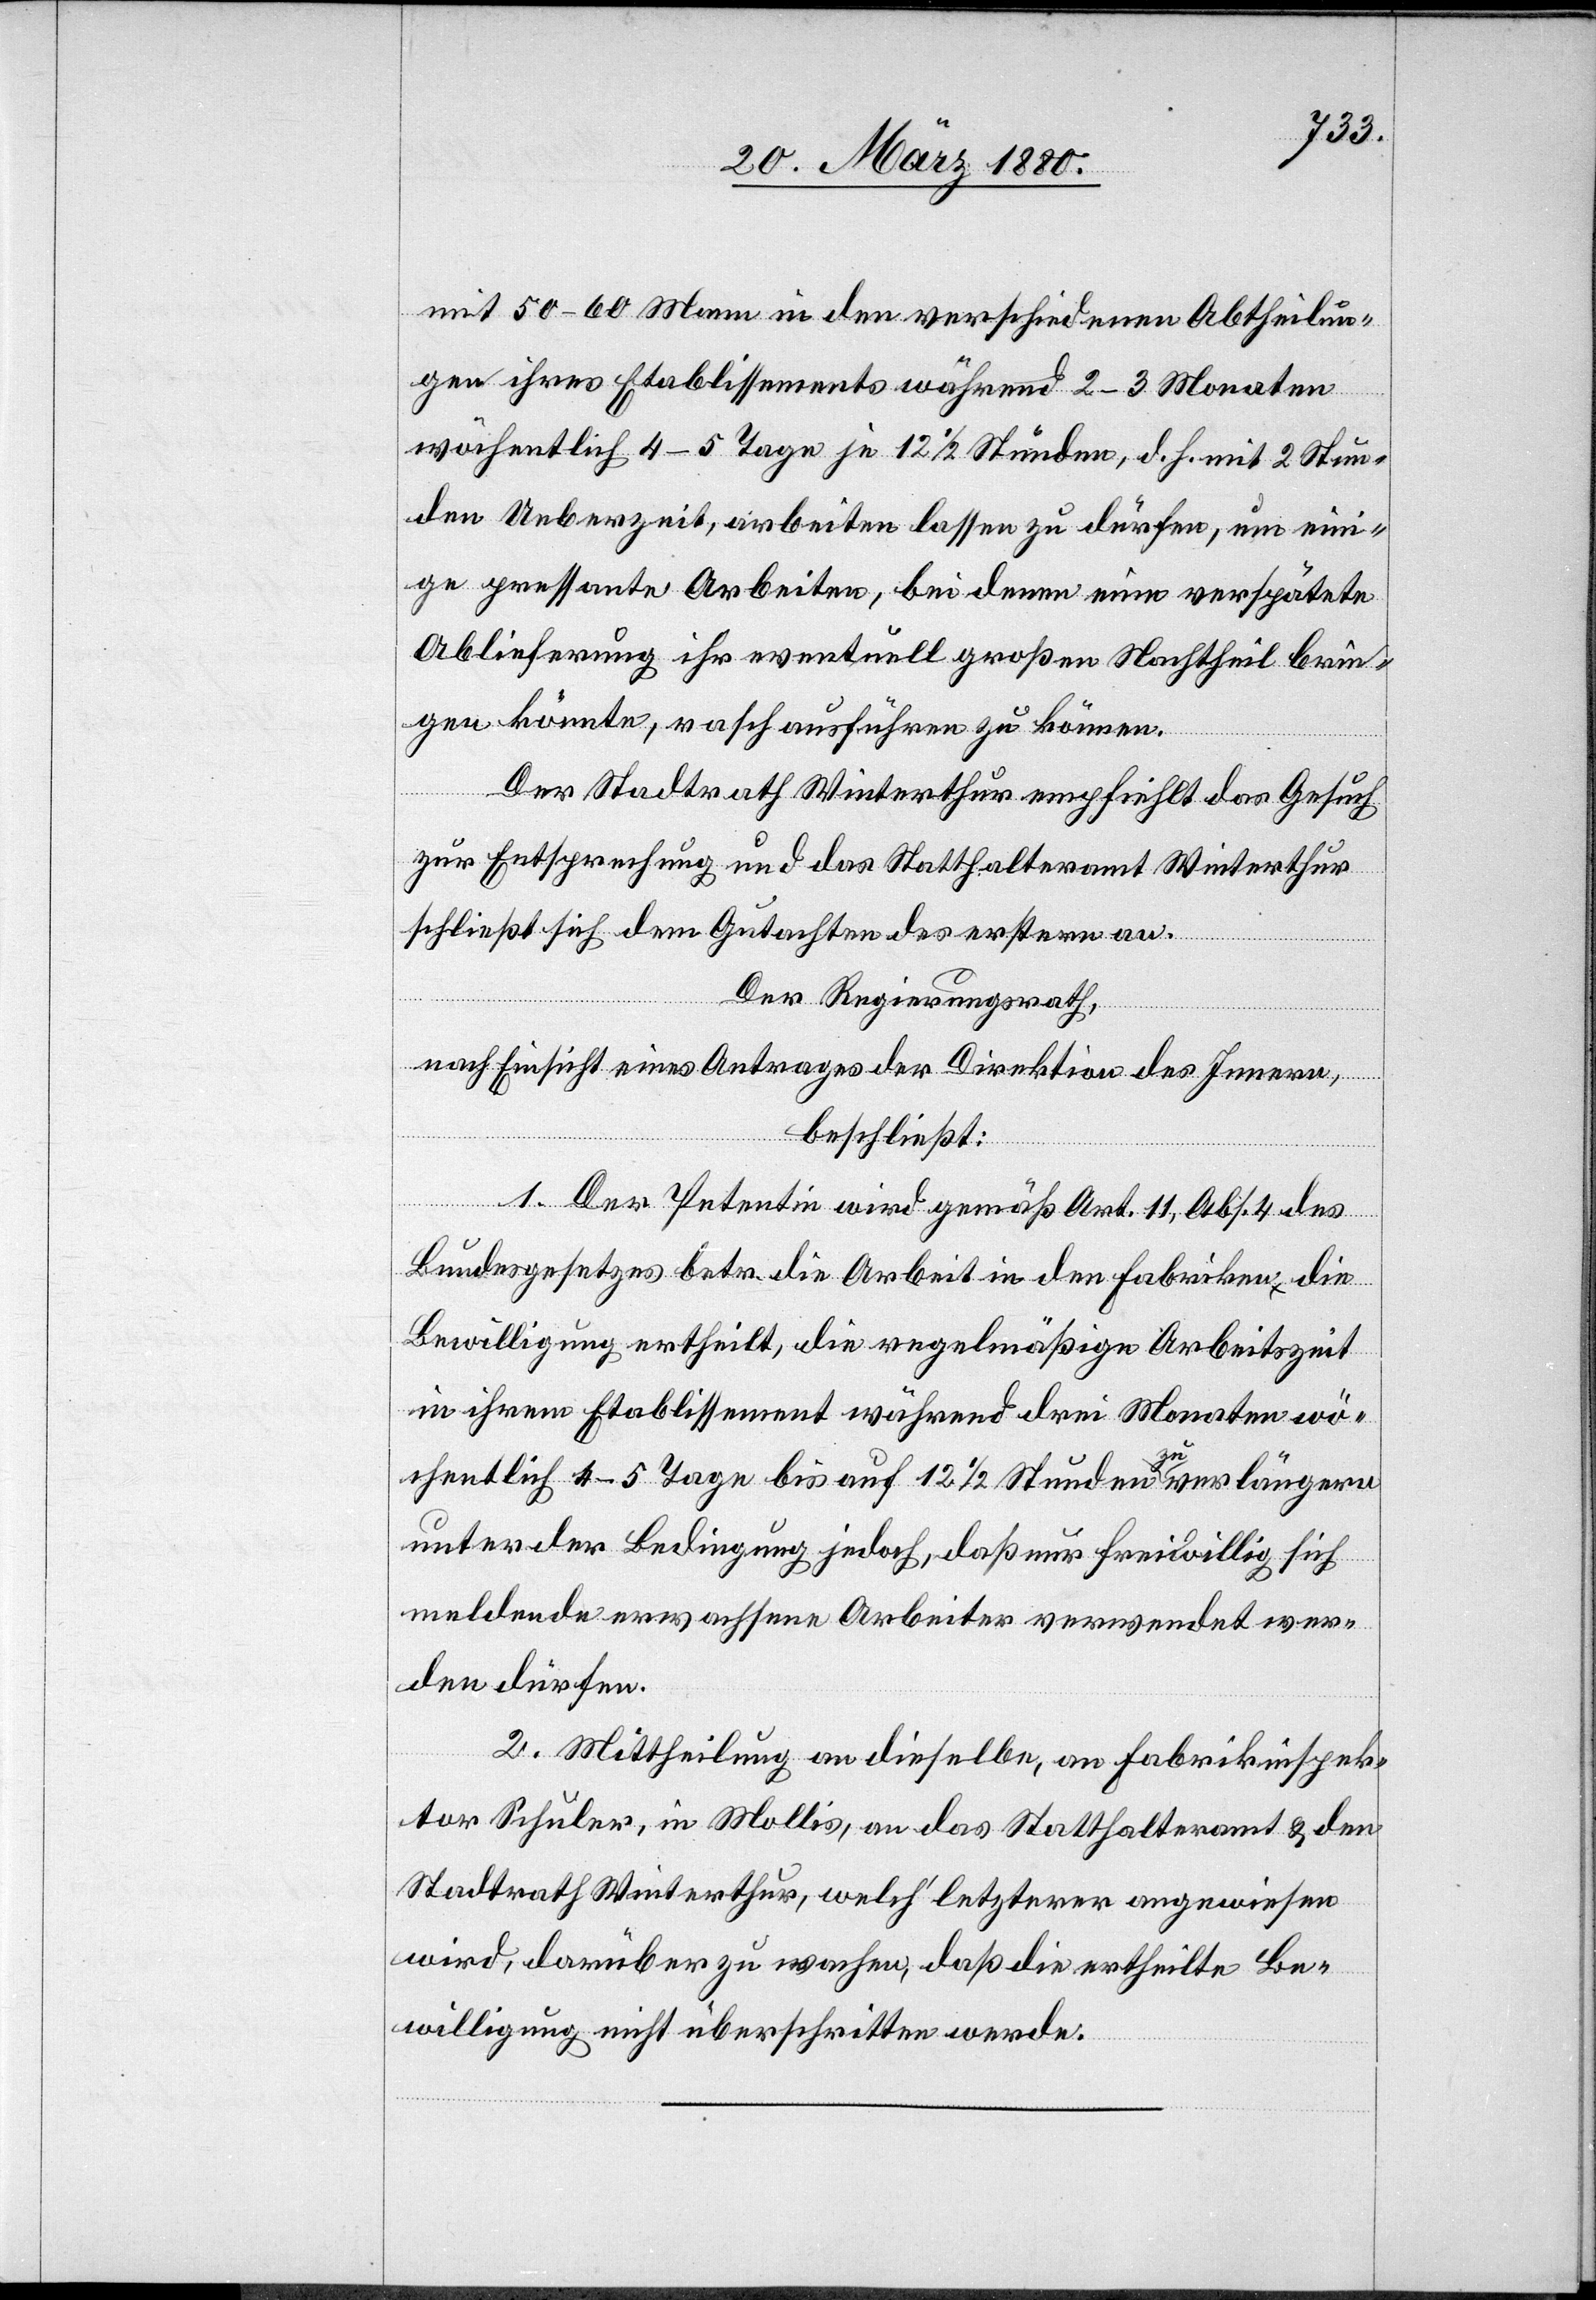
mit 50–60 Mann in den verschiedenen Abtheilun¬
gen ihres Etablissements während 2–3 Monaten
wöchentlich 4–5 Tage je 12 1/2 Stunden, d. h. mit 2 Stun¬
den Ueberzeit, arbeiten lassen zu dürfen, um eini¬
ge pressante Arbeiten, bei denen eine verspätete
Ablieferung ihr eventuell großen Nachtheil brin¬
gen könnte, rasch ausführen zu können.
Der Stadtrath Winterthur empfiehlt das Gesuch
zur Entsprechung und das Statthalteramt Winterthur
schließt sich dem Gutachten des erstern an.
Der Regierungsrath,
nach Einsicht eines Antrages der Direktion des Innern,
beschließt:
1. Der Petentin wird gemäß Art. 11, Abs. 4 des
Bundesgesetzes betr. die Arbeit in den Fabriken, die
Bewilligung ertheilt, die regelmäßige Arbeitszeit
in ihrem Etablissement während drei Monaten wö¬
chentlich 4–5 Tage bis auf 12 1/2 Stunden zu verlängern
unter der Bedingung jedoch, daß nur freiwillig sich
meldende erwachsene Arbeiter verwendet wer¬
den dürfen.
2. Mittheilung an dieselbe, ab Fabrikinspek¬
tor Schuler, in Mollis, an das Statthalteramt & den
Stadtrath Winterthur, welch‘ letzterer angewiesen
wird, darüber zu wachen, daß die ertheilte Be¬
willigung nicht überschritten werde.